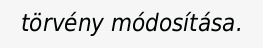
törvény módosítása.